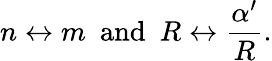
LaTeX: n\leftrightarrow m\, \, \, \mathrm{and}\, \, \, R\leftrightarrow\frac{\alpha^{\prime}}{R}.